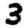
Digit: 3